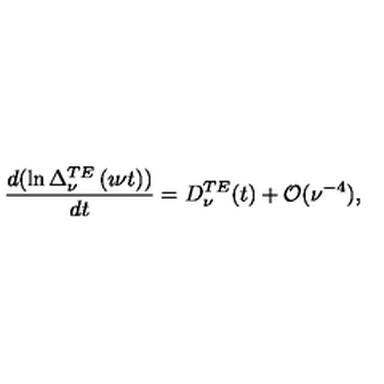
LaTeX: \frac { d ( \ln \Delta _ { \nu } ^ { T E } \left( \imath \nu t \right) ) } { d t } = D _ { \nu } ^ { T E } ( t ) + \mathcal { O } ( \nu ^ { - 4 } ) ,